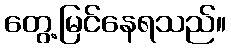
တွေ့မြင်နေရသည်။